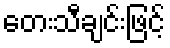
တေးသီချင်းဖြင့်